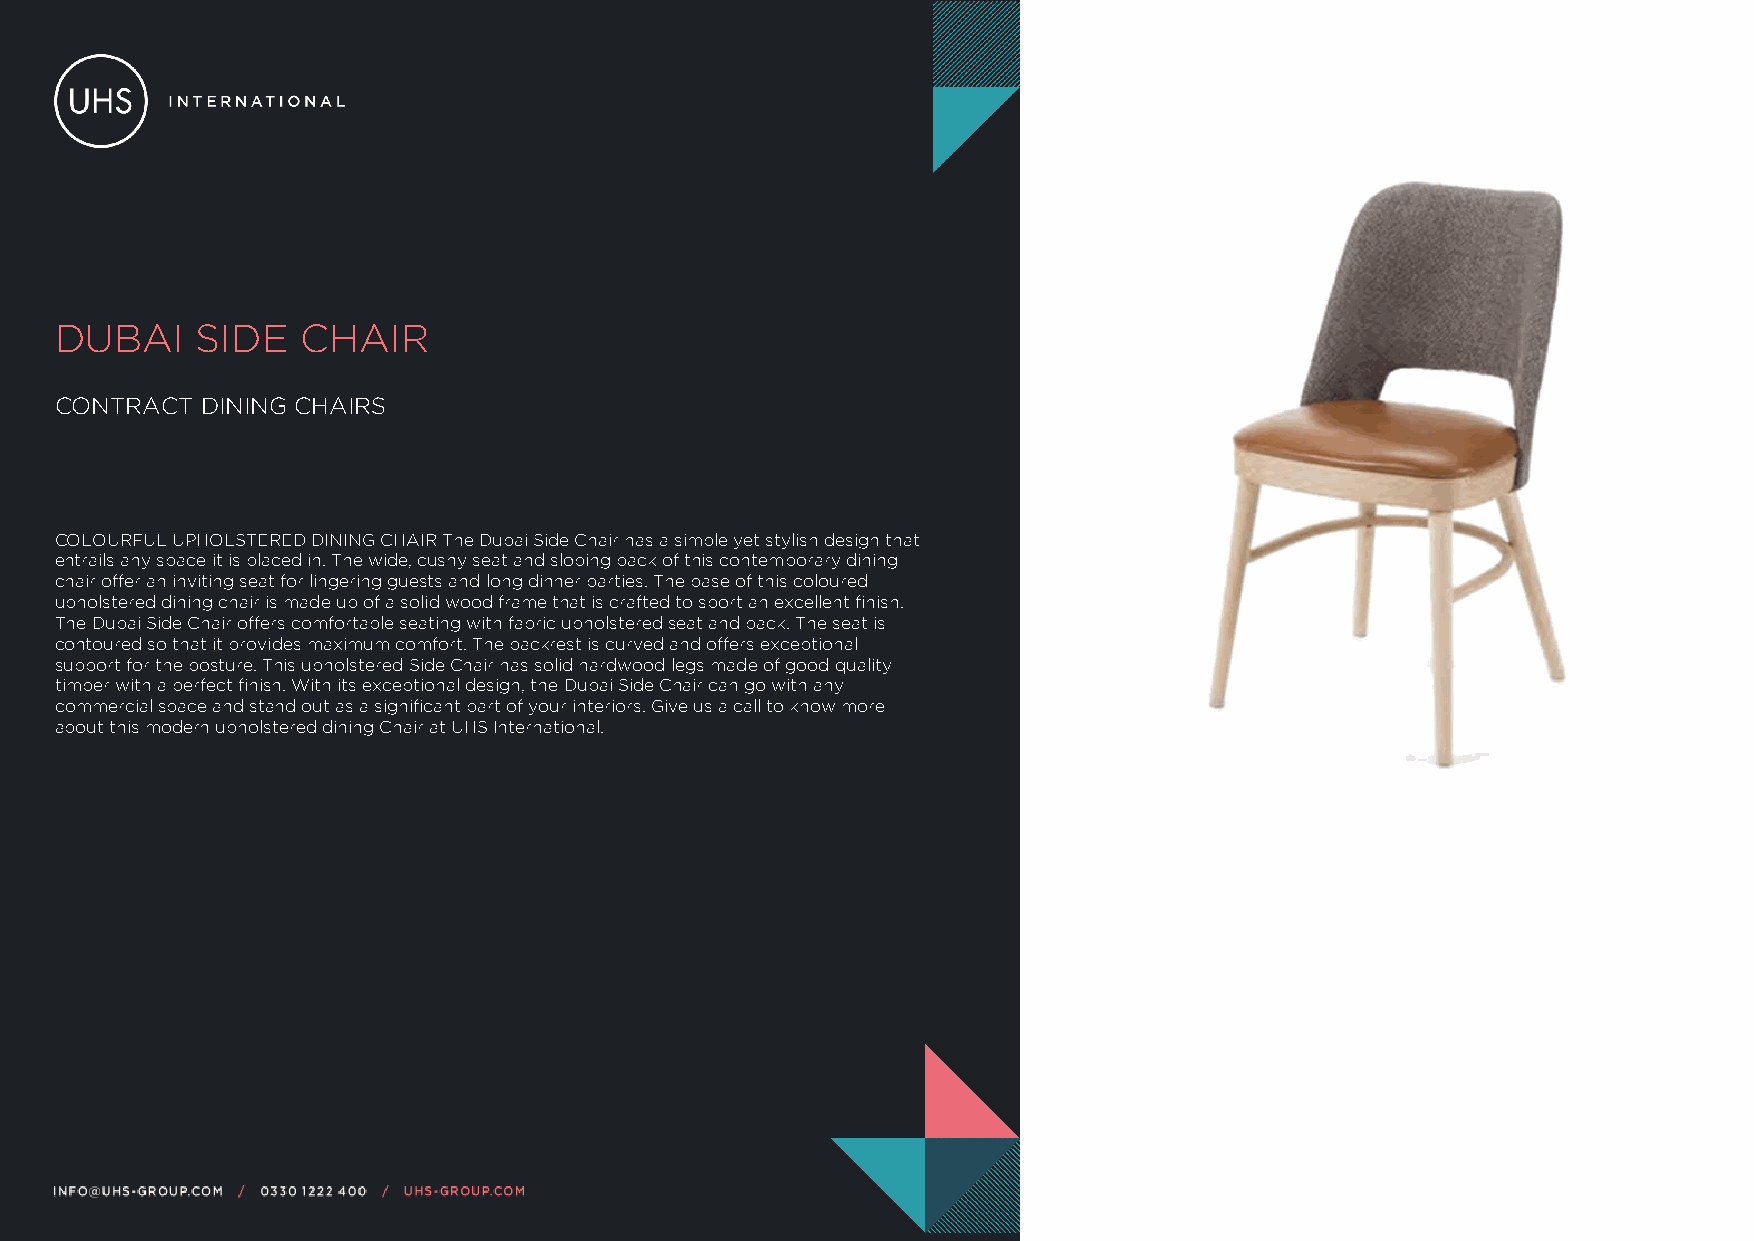
DUBAI    SIDE   CHAIR
 CONTRACT DINING CHAIRS
 COLOURFUL UPHOLSTERED DINING CHAIR The Dubai Side Chair has a simple yet stylish design that
 entrails any space it is placed in. The wide, cushy seat and sloping back of this contemporary dining
 chair offer an inviting seat for lingering guests and long dinner parties. The base of this coloured
 upholstered dining chair is made up of a solid wood frame that is crafted to sport an excellent finish.
 The Dubai Side Chair offers comfortable seating with fabric upholstered seat and back. The seat is
 contoured so that it provides maximum comfort. The backrest is curved and offers exceptional
 support for the posture. This upholstered Side Chair has solid hardwood legs made of good quality
 timber with a perfect finish. With its exceptional design, the Dubai Side Chair can go with any
 commercial space and stand out as a significant part of your interiors. Give us a call to know more
 about this modern upholstered dining Chair at UHS International.